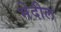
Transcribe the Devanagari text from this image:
भेदील